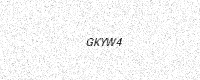
Text: GKYW4